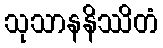
သုသာနနိဿိတံ